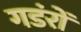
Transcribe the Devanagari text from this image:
गडंरों